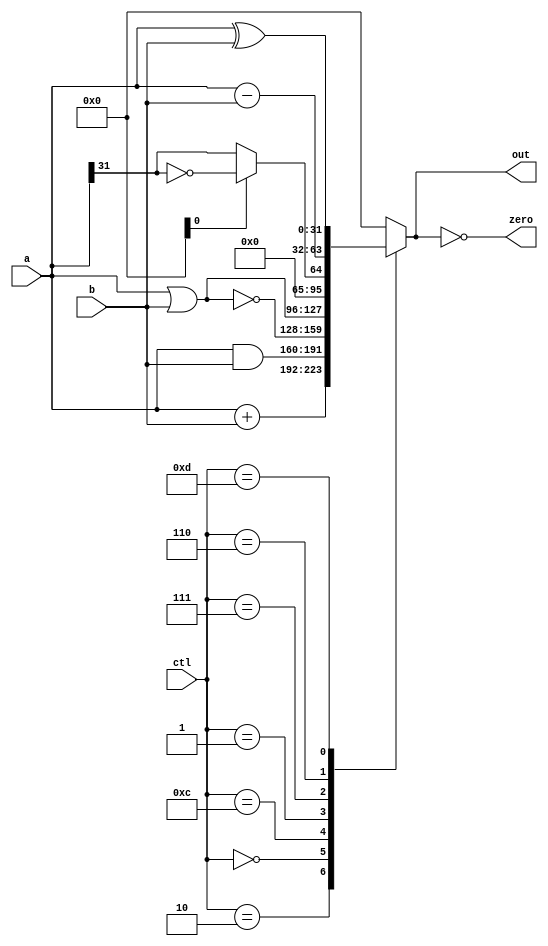
module alu(
		input		[3:0]	ctl,
		input		[31:0]	a, b,
		output reg	[31:0]	out,
		output				zero);

	wire [31:0] sub_ab;
	wire [31:0] add_ab;
	wire 		oflow_sub;
	wire 		slt;

	assign zero = (0 == out);

	assign sub_ab = a - b;
	assign add_ab = a + b;
	
	assign slt = oflow_sub ? ~(a[31]) : a[31];

	always @(*) begin
		case (ctl)
			4'd2:  out <= add_ab;				/* add */
			4'd0:  out <= a & b;				/* and */
			4'd12: out <= ~(a | b);				/* nor */
			4'd1:  out <= a | b;				/* or */
			4'd7:  out <= {{31{1'b0}}, slt};	/* slt */
			4'd6:  out <= sub_ab;				/* sub */
			4'd13: out <= a ^ b;				/* xor */
			default: out <= 0;
		endcase
	end

endmodule